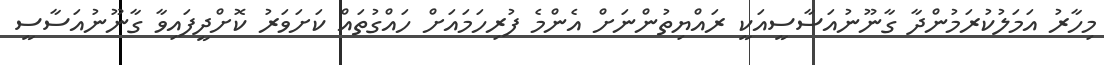
މިހާރު އަމަލުކުރަމުންދާ ގާނޫނުއަސާސީއަކީ ރައްޔިތުންނަށް އެންމެ ފުރިހަމައަށް ހައްގުތައް ކަށަވަރު ކޮށްދީފައިވާ ގާނޫނުއަސާސީ